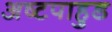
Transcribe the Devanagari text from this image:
अष्टपाहुड